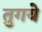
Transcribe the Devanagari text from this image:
तुगये